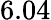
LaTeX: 6.04